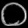
Digit: ၀